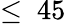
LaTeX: \le~45